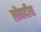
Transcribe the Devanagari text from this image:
लोंबार्दीया